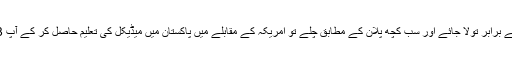
اگر سیب کو سیب کے برابر تولا جائے اور سب کچھ پلان کے مطابق چلے تو امریکہ کے مقابلے میں پاکستان میں میڈیکل کی تعلیم حاصل کر کے آپ 3 سال بچاسکتے ہیں۔